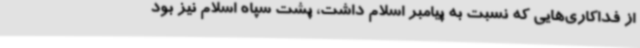
از فداکاری‌هایی که نسبت به پیامبر اسلام داشت، پشت سپاه اسلام نیز بود